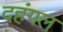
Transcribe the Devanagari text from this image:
दहंगल